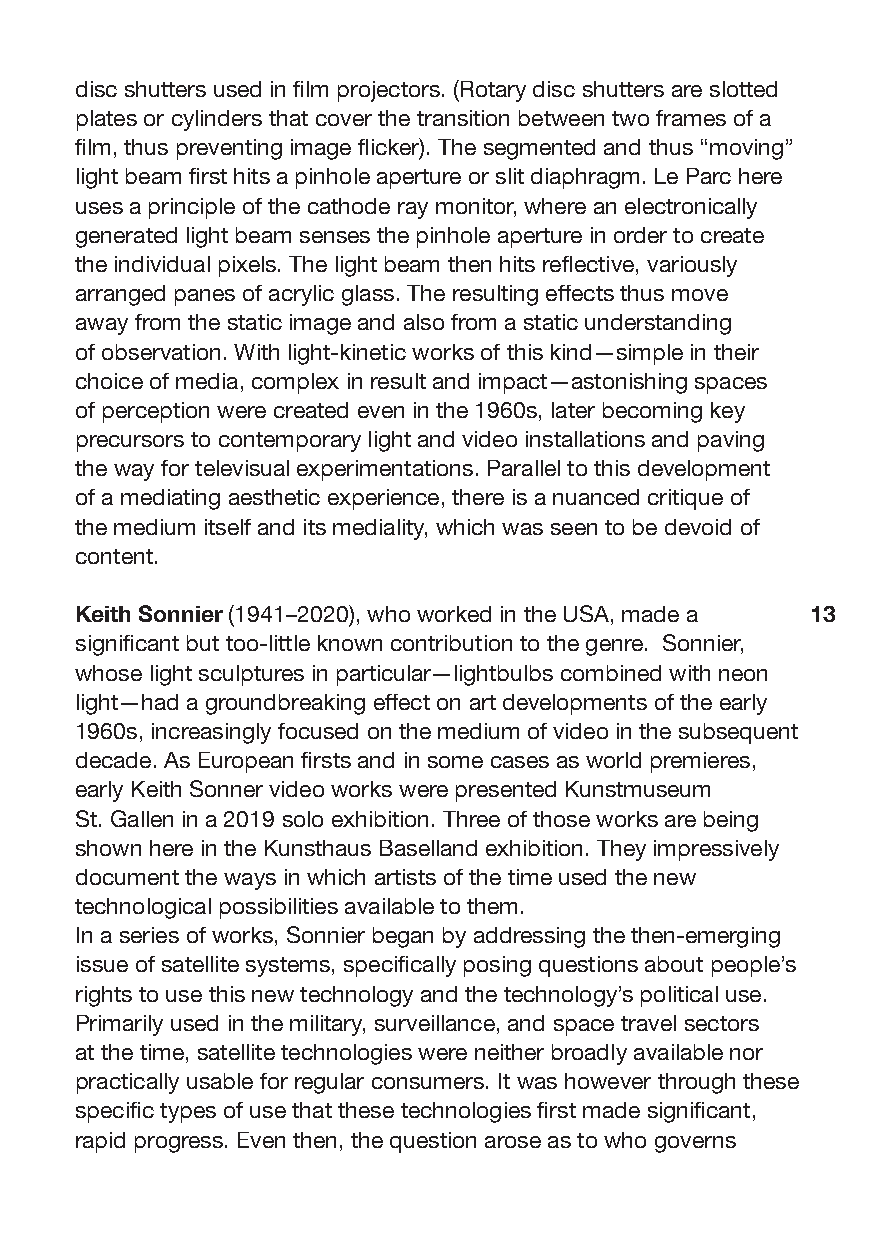
disc shutters used in film projectors. (Rotary disc shutters are slotted
 plates or cylinders that cover the transition between two frames of a
 film, thus preventing image flicker). The segmented and thus “moving”
 light beam first hits a pinhole aperture or slit diaphragm. Le Parc here
 uses a principle of the cathode ray monitor, where an electronically
 generated light beam senses the pinhole aperture in order to create
 the individual pixels. The light beam then hits reflective, variously
 arranged panes of acrylic glass. The resulting effects thus move
 away from the static image and also from a static understanding
 of observation. With light-kinetic works of this kind—simple in their
 choice of media, complex in result and impact—astonishing spaces
 of perception were created even in the 1960s, later becoming key
 precursors to contemporary light and video installations and paving
 the way for televisual experimentations. Parallel to this development
 of a mediating aesthetic experience, there is a nuanced critique of
 the medium itself and its mediality, which was seen to be devoid of
 content.
 Keith Sonnier (1941–2020), who worked in the USA, made a 13
 significant but too-little known contribution to the genre. Sonnier,
 whose light sculptures in particular—lightbulbs combined with neon
 light—had a groundbreaking effect on art developments of the early
 1960s, increasingly focused on the medium of video in the subsequent
 decade. As European firsts and in some cases as world premieres,
 early Keith Sonner video works were presented Kunstmuseum
 St. Gallen in a 2019 solo exhibition. Three of those works are being
 shown here in the Kunsthaus Baselland exhibition. They impressively
 document the ways in which artists of the time used the new
 technological possibilities available to them.
 In a series of works, Sonnier began by addressing the then-emerging
 issue of satellite systems, specifically posing questions about people’s
 rights to use this new technology and the technology’s political use.
 Primarily used in the military, surveillance, and space travel sectors
 at the time, satellite technologies were neither broadly available nor
 practically usable for regular consumers. It was however through these
 specific types of use that these technologies first made significant,
 rapid progress. Even then, the question arose as to who governs